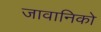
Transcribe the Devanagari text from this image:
जावानिको